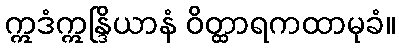
ဣဒံဣန္ဒြိယာနံ ဝိတ္ထာရကထာမုခံ။